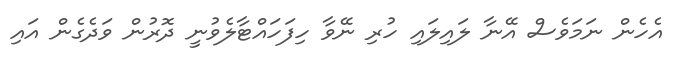
އެހެން ނަމަވެސް އޭނާ ލައިލައި ހުރި ނޭވާ ހިފަހައްޓާލެވުނީ ދޮރުން ވަދެގެން އައި